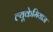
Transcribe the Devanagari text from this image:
ल्यूकेमियाज